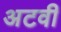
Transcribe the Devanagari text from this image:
अटवी